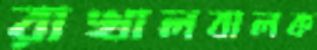
রাখালবালক